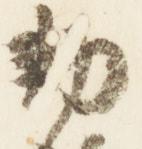
勅